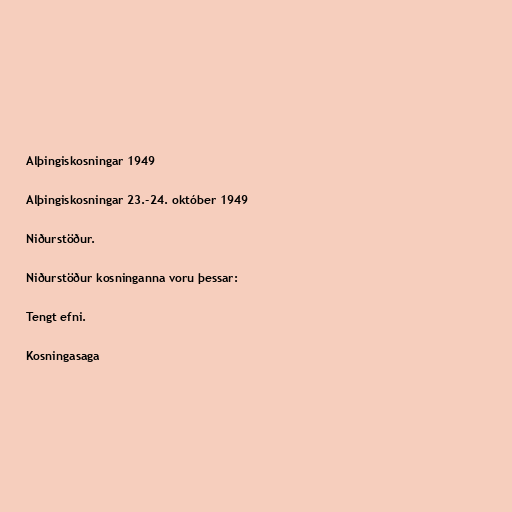
Alþingiskosningar 1949

Alþingiskosningar 23.-24. október 1949

Niðurstöður.

Niðurstöður kosninganna voru þessar:

Tengt efni.

Kosningasaga